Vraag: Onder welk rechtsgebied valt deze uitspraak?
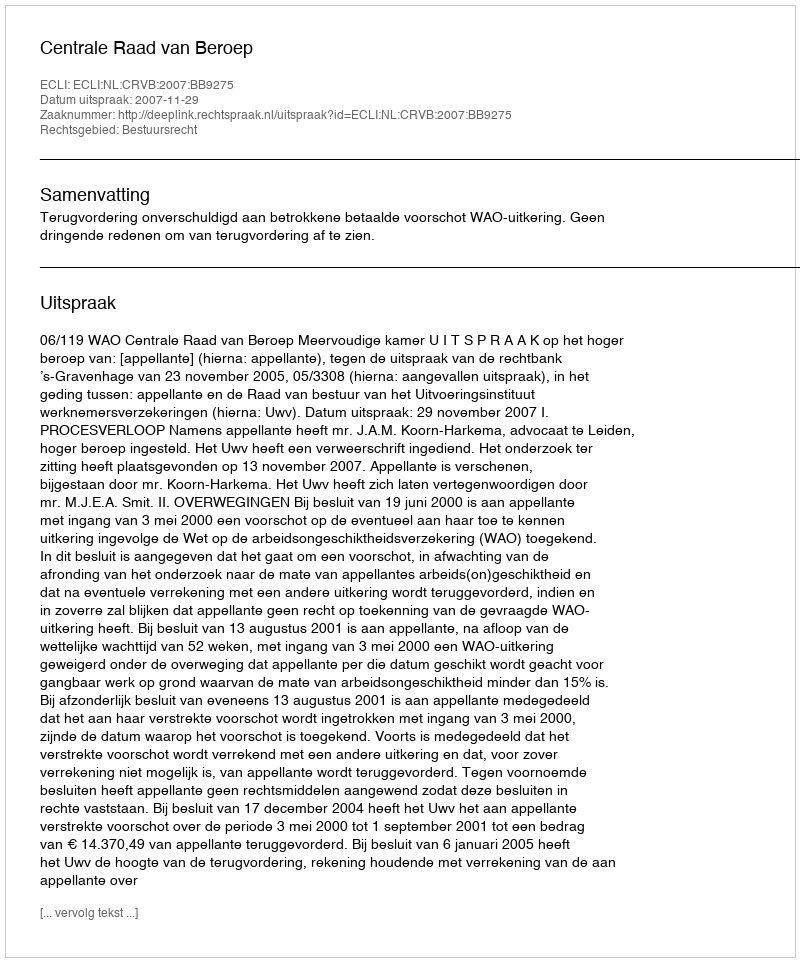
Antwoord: Bestuursrecht